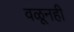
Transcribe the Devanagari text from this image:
वळूनही